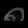
Digit: ၈